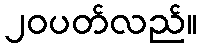
၂၀ပတ်လည်။